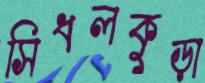
সিধলকুড়া